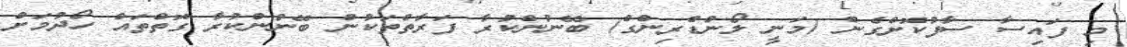
މި ފައިސާ ސާފުކޮށްގެން (މަނީ ލޯންޑްރިންގް) ބޭނުންކުރާ ފަރާތްތަކުން ބޭނުންކުރާ ގޮތްތައް ހޯދުމަށް